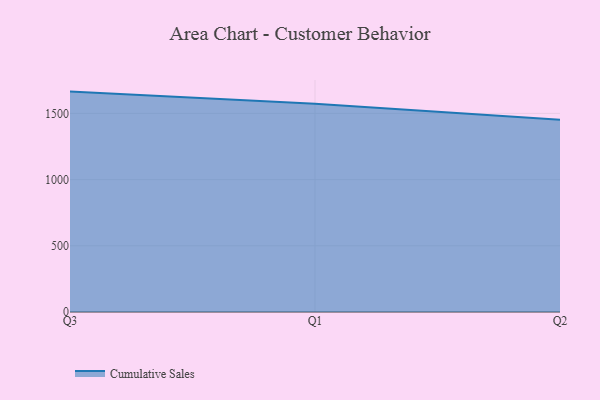
{"axis": {"x": "Quarter", "y": "Revenue (USD Million)"}, "legend": ["Cumulative Sales"], "data": [{"x": "Q3", "y": 1664.6, "type": "Cumulative Sales"}, {"x": "Q1", "y": 1573.7, "type": "Cumulative Sales"}, {"x": "Q2", "y": 1451.9, "type": "Cumulative Sales"}]}